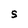
Character: 5